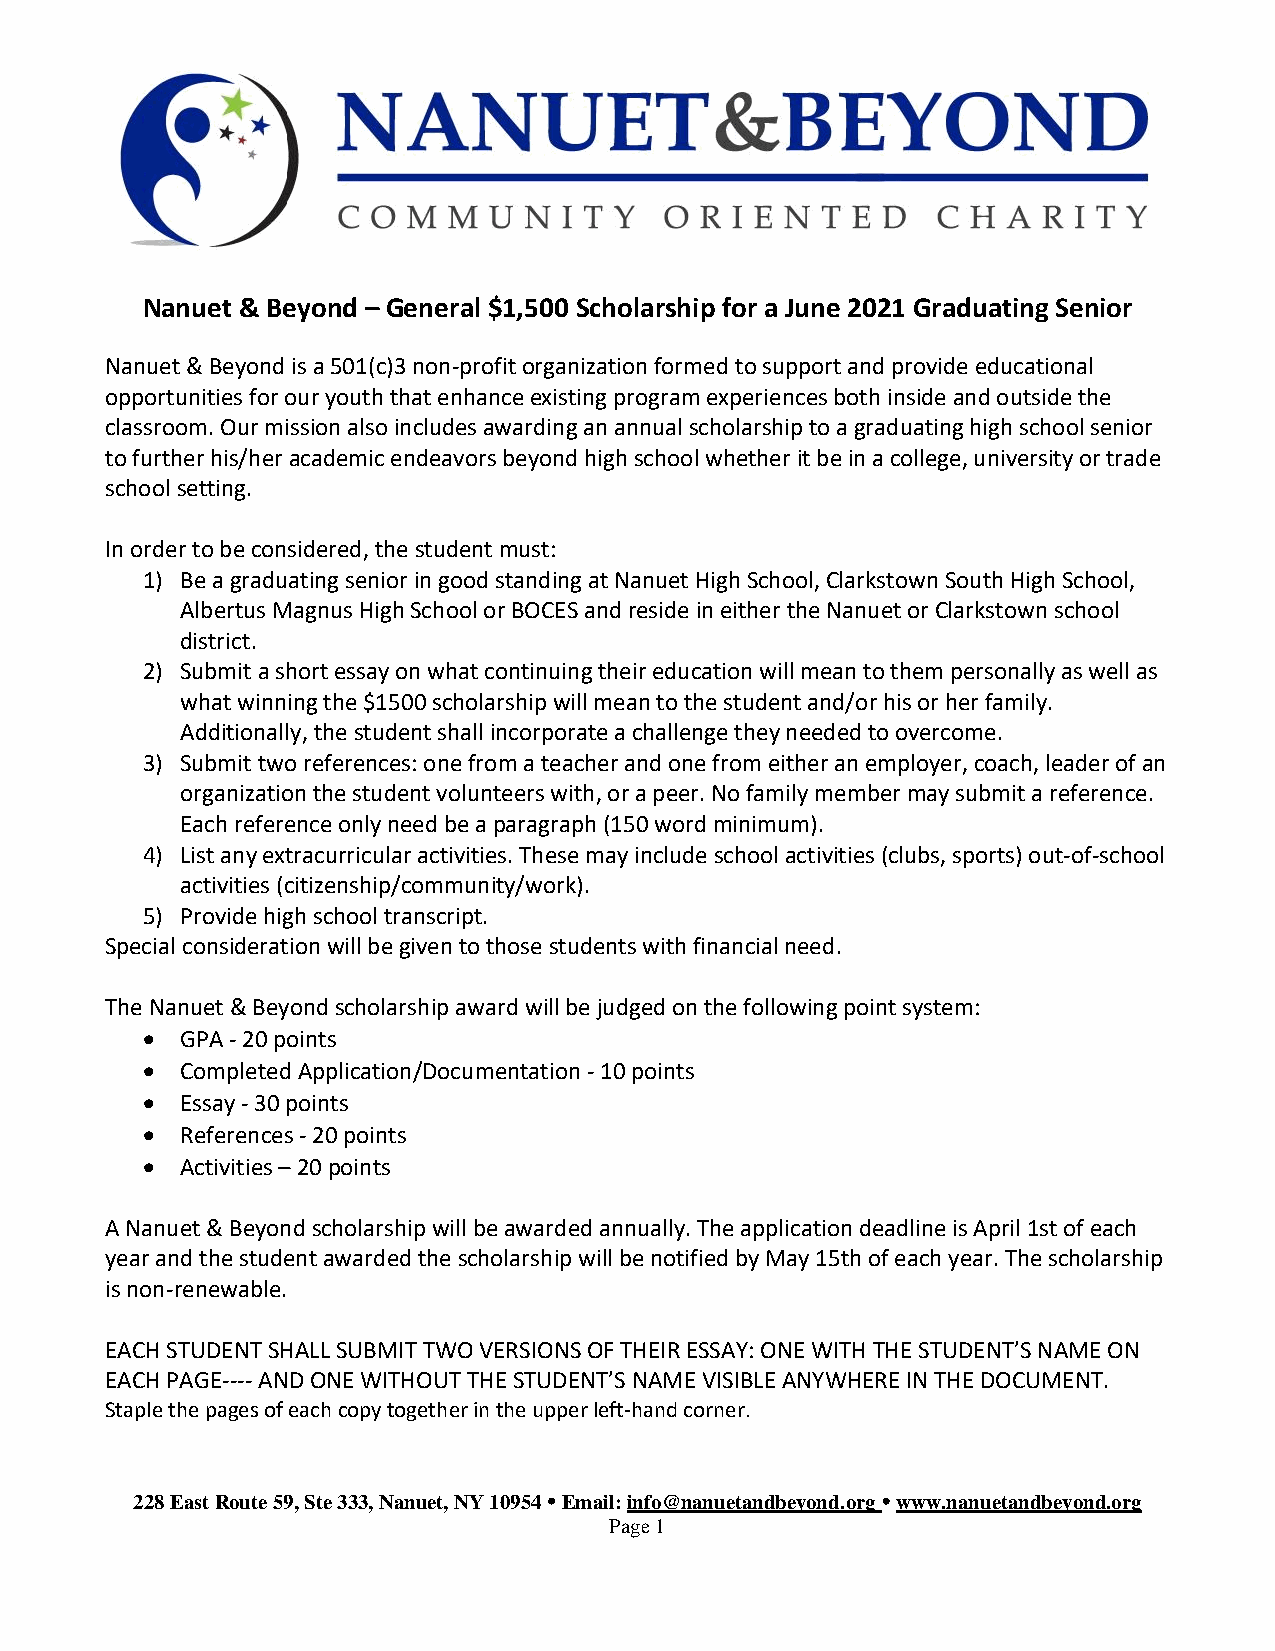
Nanuet & Beyond – General $1,500 Scholarship for a June 2021 Graduating Senior
 Nanuet & Beyond is a 501(c)3 non-profit organization formed to support and provide educational
 opportunities for our youth that enhance existing program experiences both inside and outside the
 classroom. Our mission also includes awarding an annual scholarship to a graduating high school senior
 to further his/her academic endeavors beyond high school whether it be in a college, university or trade
 school setting.
 In order to be considered, the student must:
 1) Be a graduating senior in good standing at Nanuet High School, Clarkstown South High School,
 Albertus Magnus High School or BOCES and reside in either the Nanuet or Clarkstown school
 district.
 2) Submit a short essay on what continuing their education will mean to them personally as well as
 what winning the $1500 scholarship will mean to the student and/or his or her family.
 Additionally, the student shall incorporate a challenge they needed to overcome.
 3) Submit two references: one from a teacher and one from either an employer, coach, leader of an
 organization the student volunteers with, or a peer. No family member may submit a reference.
 Each reference only need be a paragraph (150 word minimum).
 4) List any extracurricular activities. These may include school activities (clubs, sports) out-of-school
 activities (citizenship/community/work).
 5) Provide high school transcript.
 Special consideration will be given to those students with financial need.
 The Nanuet & Beyond scholarship award will be judged on the following point system:
 •  GPA - 20 points
 •  Completed Application/Documentation - 10 points
 •  Essay - 30 points
 •  References - 20 points
 •  Activities – 20 points
 A Nanuet & Beyond scholarship will be awarded annually. The application deadline is April 1st of each
 year and the student awarded the scholarship will be notified by May 15th of each year. The scholarship
 is non-renewable.
 EACH STUDENT SHALL SUBMIT TWO VERSIONS OF THEIR ESSAY: ONE WITH THE STUDENT’S NAME ON
 EACH PAGE---- AND ONE WITHOUT THE STUDENT’S NAME VISIBLE ANYWHERE IN THE DOCUMENT.
 Staple the pages of each copy together in the upper left-hand corner.
 228 East Route 59, Ste 333, Nanuet, NY 10954  Email: info@nanuetandbeyond.org  www.nanuetandbeyond.org
 Page 1